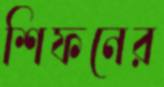
শিফনের